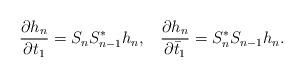
LaTeX: \begin{align*}\frac{\partial h_{n}}{\partial t_{1}}=S_{n}S_{n-1}^{*}h_{n},\;\;\;\frac{\partial h_{n}}{\partial \bar{t}_{1}}=S_{n}^{*}S_{n-1}h_{n}.\end{align*}